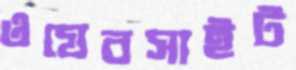
ওযেবসাইট